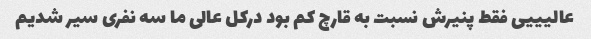
عالیییی فقط پنیرش نسبت به قارچ کم بود درکل عالی ما سه نفری سیر شدیم